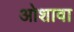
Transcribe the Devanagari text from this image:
ओशावा